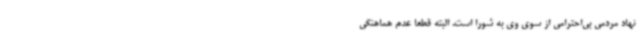
نهاد مردمی بی‌احترامی از سوی وی به شورا است. البته قطعا عدم هماهنگی